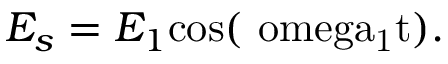
E _ { s } = E _ { 1 } \mathrm { { c o s } ( \ o m e g a _ { 1 } t ) . }